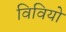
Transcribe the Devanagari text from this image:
विवियो